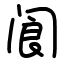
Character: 阆